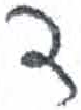
אות: ד